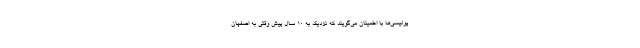
پولیسی‌ها با اطمینان می‌گویند که نزدیک به 10 سال پیش وقتی به اصفهان